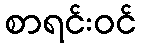
စာရင်းဝင်